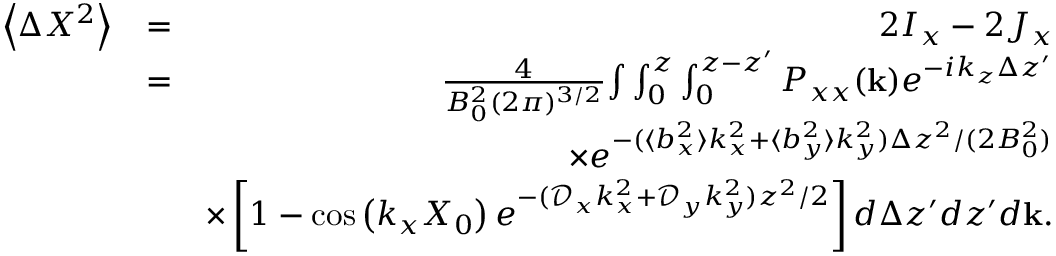
\begin{array} { r l r } { \left\langle \Delta X ^ { 2 } \right\rangle } & { = } & { 2 I _ { x } - 2 J _ { x } } \\ & { = } & { \frac { 4 } { B _ { 0 } ^ { 2 } ( 2 \pi ) ^ { 3 / 2 } } { \int } \int _ { 0 } ^ { z } \int _ { 0 } ^ { z - z ^ { \prime } } P _ { x x } ( \mathbf { k } ) e ^ { - i k _ { z } \Delta z ^ { \prime } } } \\ & { } & { \times e ^ { - ( \langle b _ { x } ^ { 2 } \rangle k _ { x } ^ { 2 } + \langle b _ { y } ^ { 2 } \rangle k _ { y } ^ { 2 } ) \Delta z ^ { 2 } / ( 2 B _ { 0 } ^ { 2 } ) } } \\ & { } & { \times \left[ 1 - \cos \left( k _ { x } X _ { 0 } \right) e ^ { - ( \mathcal { D } _ { x } k _ { x } ^ { 2 } + \mathcal { D } _ { y } k _ { y } ^ { 2 } ) z ^ { 2 } / 2 } \right] d \Delta z ^ { \prime } d z ^ { \prime } d \mathbf { k } . } \end{array}